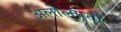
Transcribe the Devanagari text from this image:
अलोलुपता